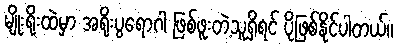
မျိုးရိုးထဲမှာ အရိုးပွရောဂါ ဖြစ်ဖူးတဲ့သူရှိရင် ပိုဖြစ်နိုင်ပါတယ်။